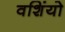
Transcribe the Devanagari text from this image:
वशिंयो